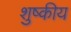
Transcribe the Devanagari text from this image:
शुष्कीय